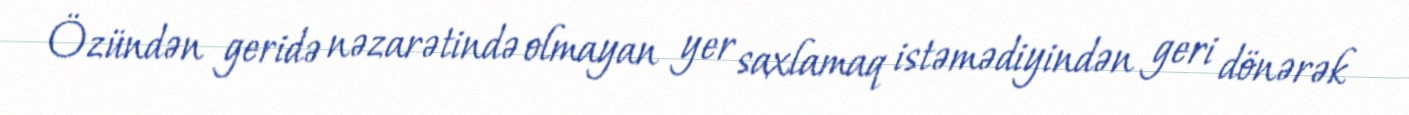
Özündən geridə nəzarətində olmayan yer saxlamaq istəmədiyindən geri dönərək